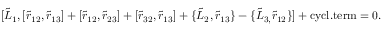
\lbrack \tilde { L } _ { 1 } , [ \tilde { r } _ { 1 2 } , \tilde { r } _ { 1 3 } ] + [ \tilde { r } _ { 1 2 } , \tilde { r } _ { 2 3 } ] + [ \tilde { r } _ { 3 2 } , \tilde { r } _ { 1 3 } ] + \{ \tilde { L } _ { 2 } , \tilde { r } _ { 1 3 } \} - \{ \tilde { L } _ { 3 , } \tilde { r } _ { 1 2 } \} ] + \mathrm { c y c l . t e r m } = 0 .